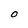
Character: O